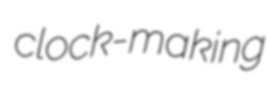
clock-making